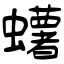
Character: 蠴